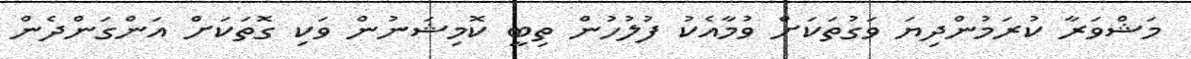
މަޝްވަރާ ކުރަމުންދިޔަ ވަގުތަކަށް ވުމާއެކު ފުލުހުން ތިބީ ކޮމިޝަނުން ވަކި ގޮތަކަށް އަންގަންދެން